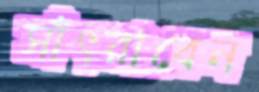
সাঁৎরাবেন